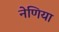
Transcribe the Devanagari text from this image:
नेणिया